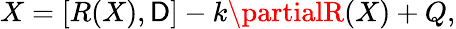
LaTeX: X=[R(X),\mathsf{D}]-k\partialR(X)+Q,